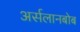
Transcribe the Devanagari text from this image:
अर्सलानबोब